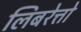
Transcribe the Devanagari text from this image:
लिबरेत्तो